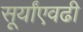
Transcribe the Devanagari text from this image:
सूर्यांएवढी